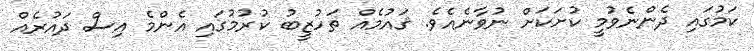
ކަމުގައި ދެންނެވުމީ ކުށަކަށް ނުވާނެއެވެ. ޤައުމެއް ތަހުޒީބު ކުރުމުގައި އެންމެ އިސް ދައުރެއް